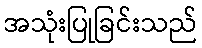
အသုံးပြုခြင်းသည်